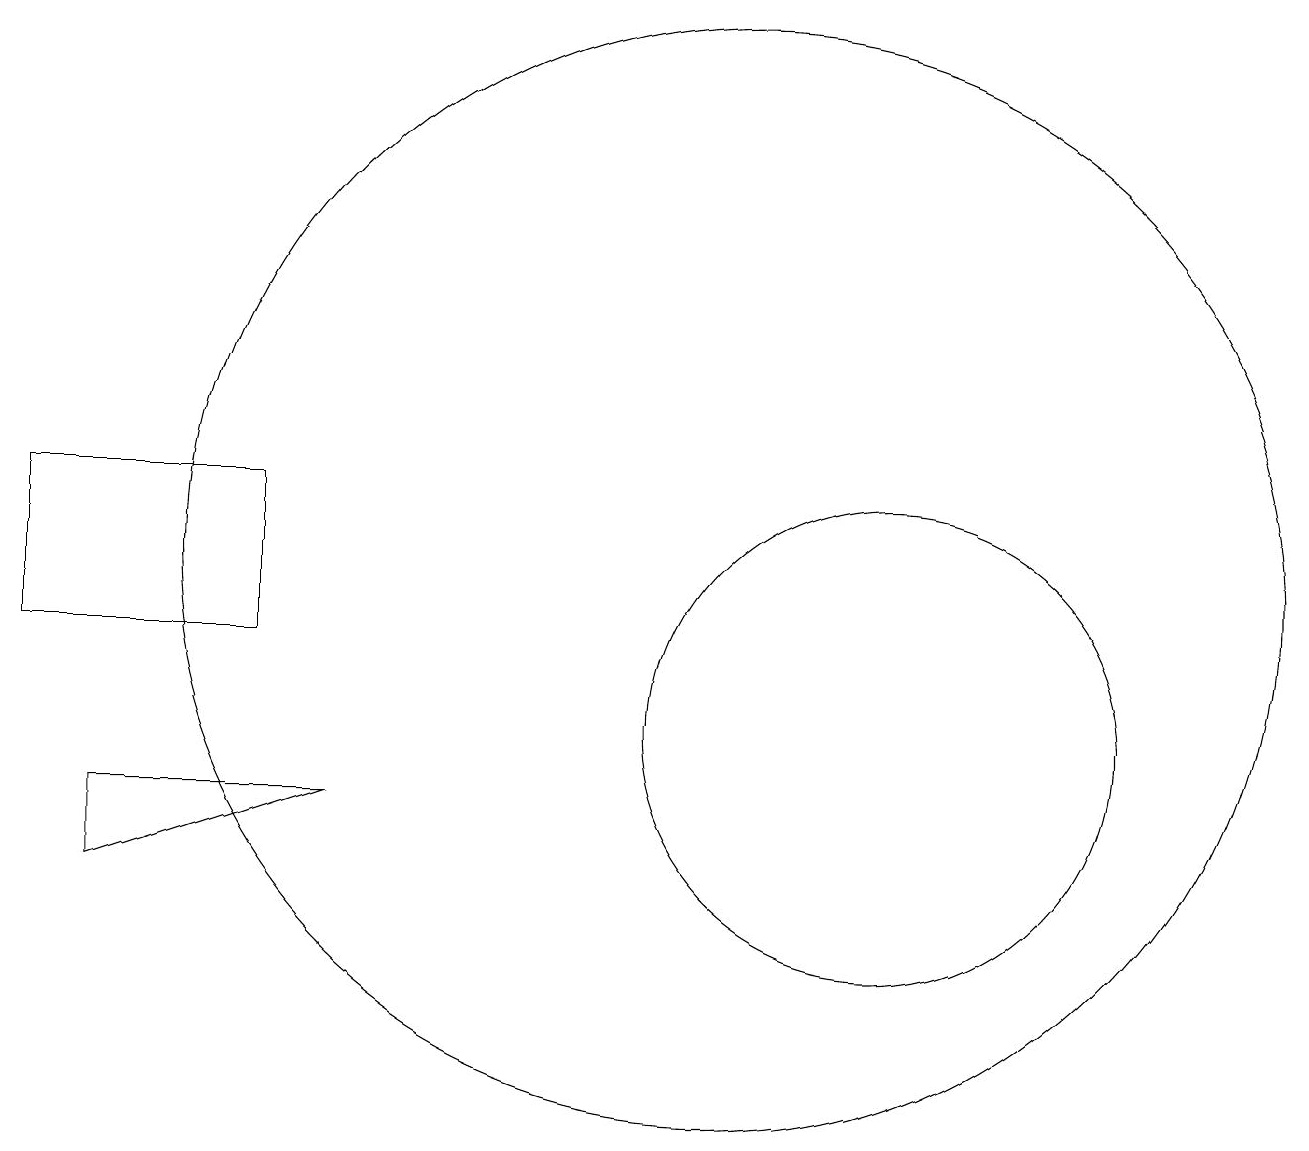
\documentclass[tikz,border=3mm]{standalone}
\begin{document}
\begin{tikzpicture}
\draw (10,12) circle (7);
\draw (2,8) -- (2,9) -- (5,9) -- cycle;
\draw (12,10) circle (3);
\draw (1,11) rectangle (4,13);
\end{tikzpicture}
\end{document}